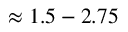
\approx 1 . 5 - 2 . 7 5